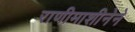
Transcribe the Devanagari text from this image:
राणीमाशीनेने